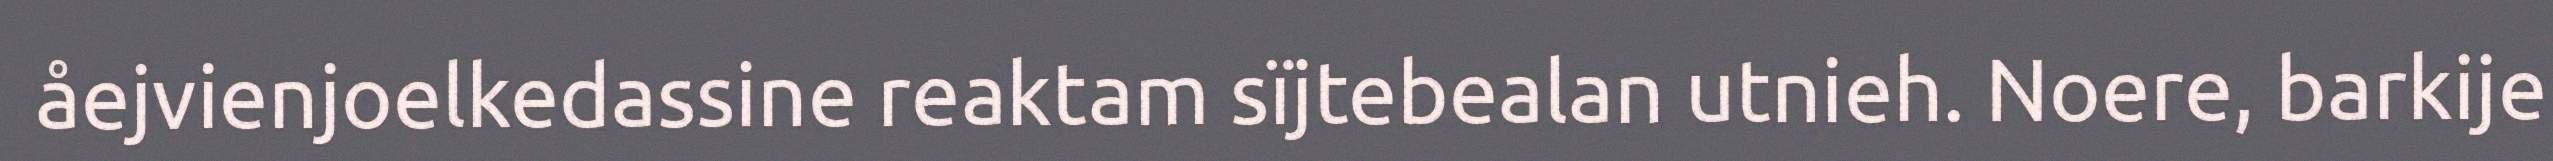
åejvienjoelkedassine reaktam sïjtebealan utnieh. Noere, barkije